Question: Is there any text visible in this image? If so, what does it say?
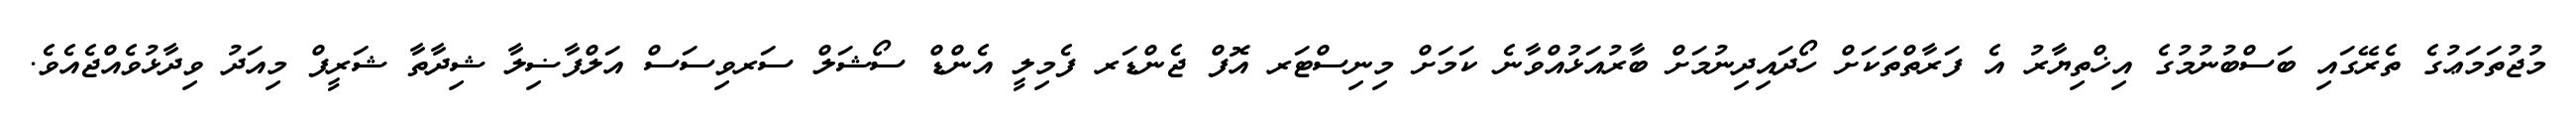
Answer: މުޖުތަމަޢުގެ ތެރޭގައި ބަސްބުނުމުގެ އިޚްތިޔާރު އެ ފަރާތްތަކަށް ހޯދައިދިނުމަށް ބާރުއަޅުއްވާނެ ކަމަށް މިނިސްޓަރ އޮފް ޖެންޑަރ ފެމިލީ އެންޑް ސޯޝަލް ސަރވިސަސް އަލްފާޟިލާ ޝިދާތާ ޝަރީފް މިއަދު ވިދާޅުވެއްޖެއެވެ.